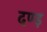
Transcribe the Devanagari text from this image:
दण्ड़